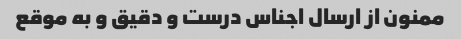
ممنون از ارسال اجناس درست و دقیق و به موقع